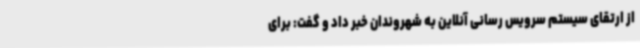
از ارتقای سیستم سرویس رسانی آنلاین به شهروندان خبر داد و گفت: برای